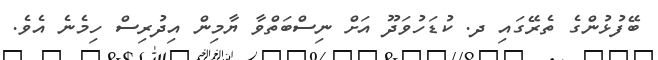
ބޭފުޅުންގެ ތެރޭގައި ދ. ކުޑަހުވަދޫ އަށް ނިސްބަތްވާ ޔާމިން އިދުރިސް ހިމެނެ އެވެ.